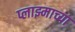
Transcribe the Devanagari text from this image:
प्लाझ्माच्या